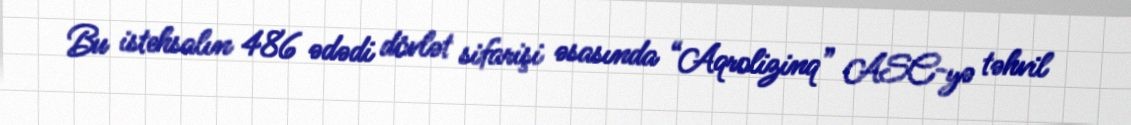
Bu istehsalın 486 ədədi dövlət sifarişi əsasında “Aqrolizinq” ASC-yə təhvil